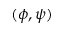
( \phi , \psi )